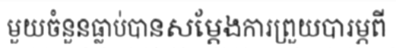
មួយចំនួនធ្លាប់បានសម្តែងការព្រួយបារម្ភពី